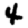
Digit: 4